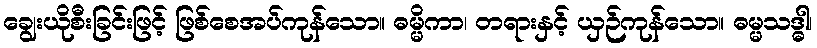
ချွေးယိုစီးခြင်းဖြင့် ဖြစ်စေအပ်ကုန်သော။ ဓမ္မိကာ၊ တရားနှင့် ယှဉ်ကုန်သော။ ဓမ္မသဒ္ဓါ၊